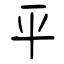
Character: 平